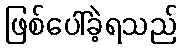
ဖြစ်ပေါ်ခဲ့ရသည်